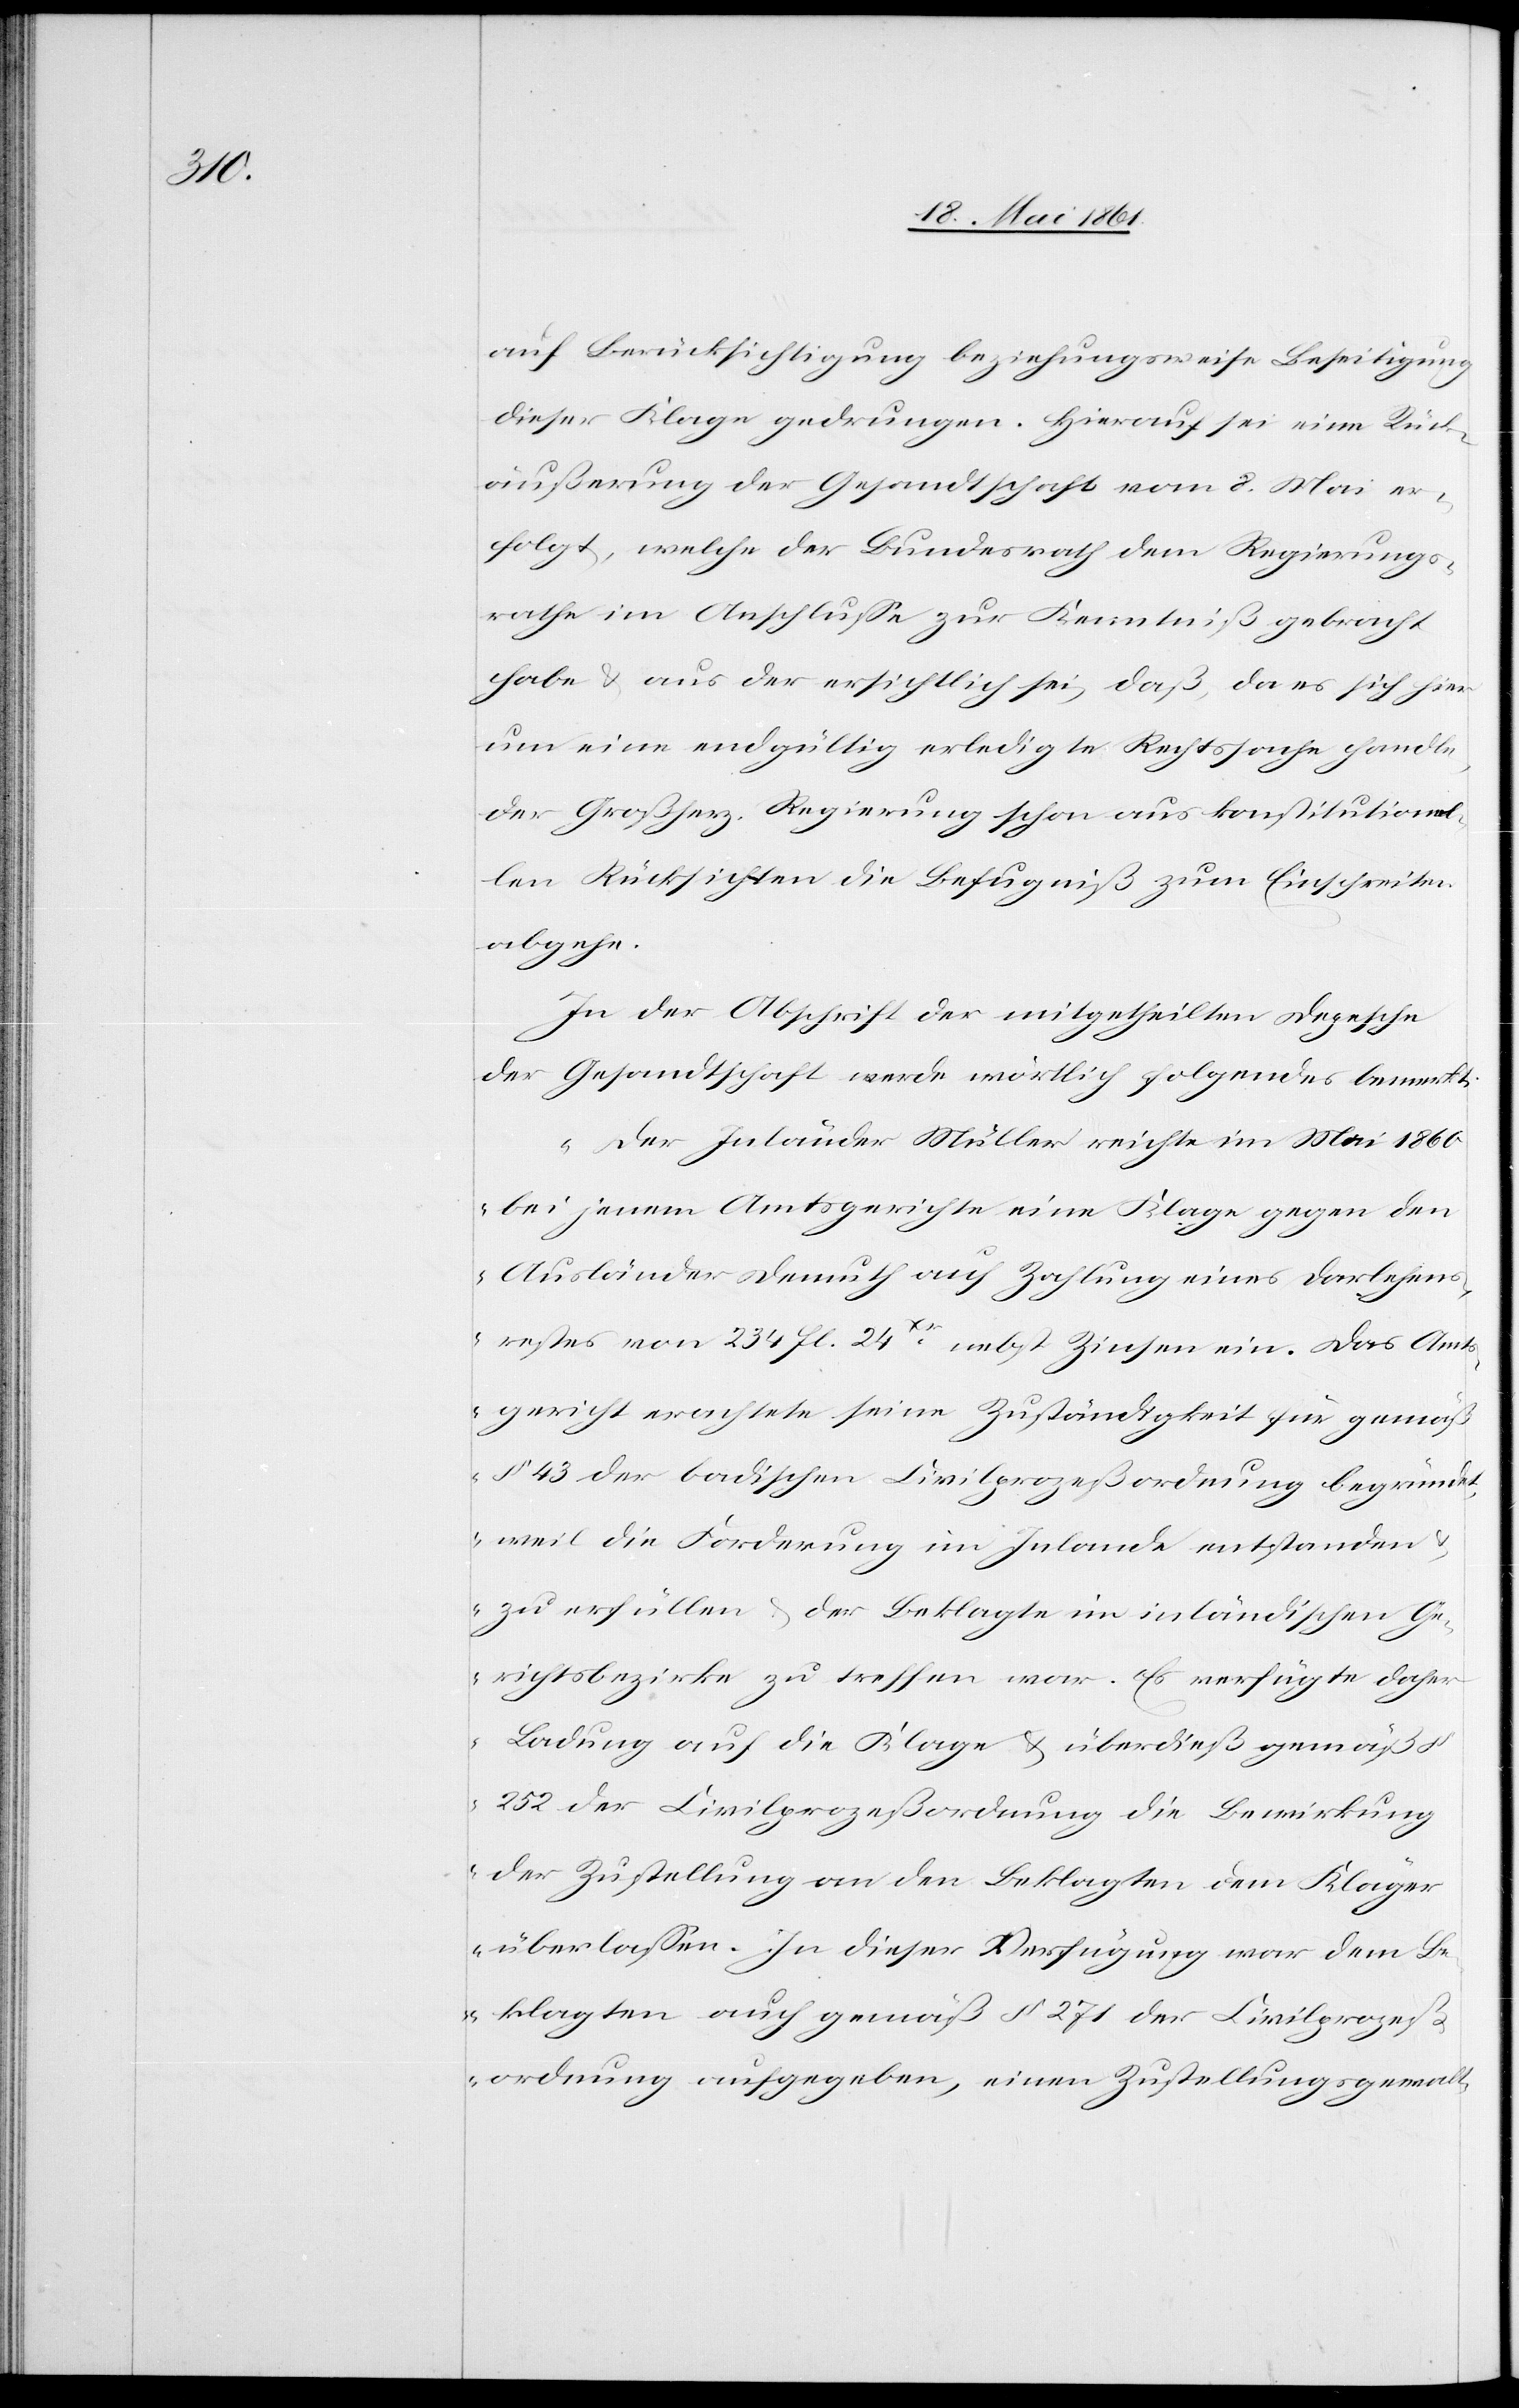
auf Berücksichtigung beziehungsweise Beseitigung
dieser Klage gedrungen. Hierauf sei eine Rück¬
äußerung der Gesandtschaft vom 8. Mai er¬
folgt, welche der Bundesrath dem Regierungs¬
rathe im Anschlusse zur Kenntniß gebracht
habe u. aus der ersichtlich sei, daß, da es sich hier
um eine endgültig erledigte Rechtssache handle,
der Großherz. Regierung schon aus konstitutionel¬
len Rücksichten die Befugniß zum Einschreiten
abgehe.
In der Abschrift der mitgetheilten Depesche
der Gesandtschaft werde wörtlich folgendes bemerkt:
„Der Inländer Müller reichte im Mai 1860
bei jenem Amtsgerichte eine Klage gegen den
Ausländer Demuth auf Zahlung eines Darlehens¬
restes von 234 fl. 24Xr nebst Zinsen ein. Das Amt¬
sgericht erachtete seine Zuständigkeit für gemäß
§ 43 der badischen Civilprozeßordnung begründet,
weil die Forderung im Inlande entstanden
u. zu erfüllen u. der Beklagte im inländischen Ge¬
richtsbezirke zu treffen war. Er verfügte daher
Ladung auf die Klage u. überdieß gemäß §
252 der Civilprozeßordnung die Bewirkung
der Zustellung an den Beklagten dem Kläger
überlassen. In dieser Verfügung war dem B¬
eklagten auch gemäß § 271 der Civilprozeß¬
ordnung aufgegeben, einen Zustellungsgewalt-